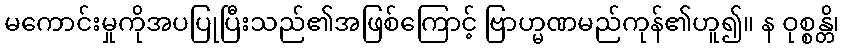
မကောင်းမှုကိုအပပြုပြီးသည်၏အဖြစ်ကြောင့် ဗြာဟ္မဏမည်ကုန်၏ဟူ၍။ န ဝုစ္စန္တိ၊